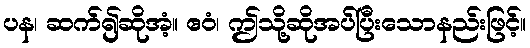
ပန၊ ဆက်၍ဆိုအံ့။ ဧဝံ၊ ဤသို့ဆိုအပ်ပြီးသောနည်းဖြင့်။